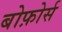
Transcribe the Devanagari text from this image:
बोफ़ोर्स